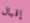
إقبال